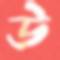
উ